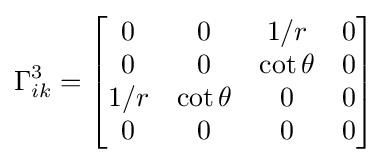
\Gamma _{ik}^{3}={\begin{bmatrix}0&0&1/r&0\\0&0&\cot \theta &0\\1/r&\cot \theta &0&0\\0&0&0&0\end{bmatrix}}